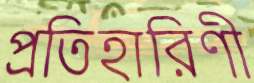
প্রতিহারিণী